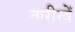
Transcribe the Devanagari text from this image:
तारीखेँ